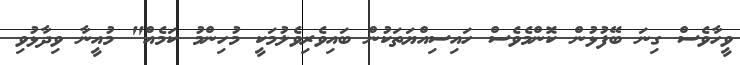
ވީހާވެސް ގިނަ ބޭފުޅުން ކޮންމެވެސް ހައިސިއްޔަތަކުން ބައިވެރިވެލުމަކީ މުހިންމު ކަމެއް" މުއީނާ ވިދާޅުވި